Insane asylums in Bengal annual reports 1876-1887 - 1876-1887
Year: 1876
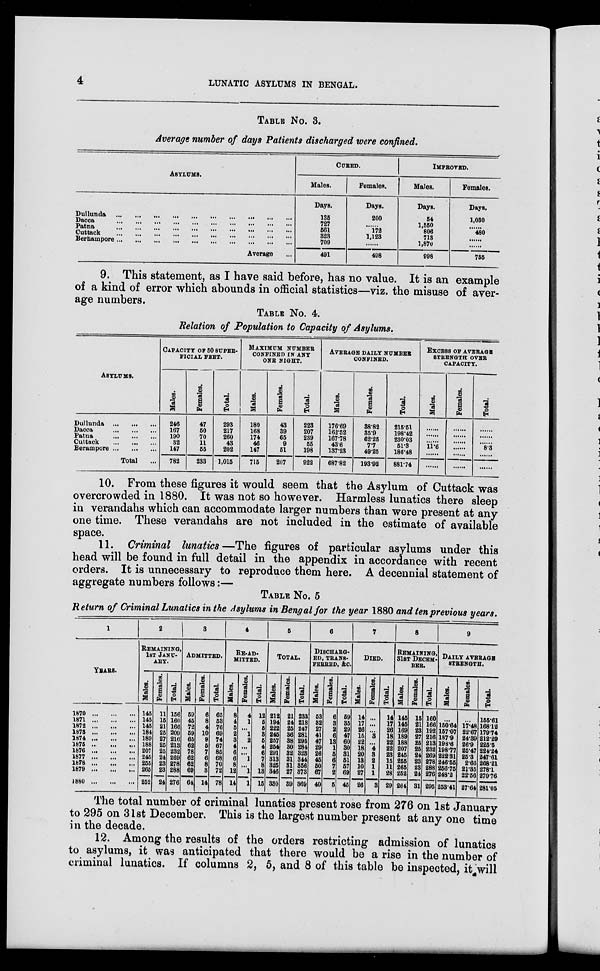
4
LUNATIC ASYLUMS IN BENGAL.
TABLE NO. 3.
Average number of days Patients discharged were confined.
ASYLUMS.
Dullunda ... ... ... ... ... ... ... ... ... ...
Dacca
...
...
...
...
...
...
...
...
...
...
Patna
...
...
...
...
...
...
...
...
...
...
Cuttack
...
...
...
...
...
...
...
...
...
...
Berhampore
...
...
...
...
...
...
...
...
...
...
Average ... ... ... ... ... ... ... ... ... ...
CURED.
Males.
Days.
135
727
561
323
709
491
Females.
Days.
200
......
172
1,123
......
498
IMPROVED.
Males.
Days.
54
1,550
806
713
1,870
998
Females.
Days.
1,030
......
480
......
......
755
9. This statement, as I have said before, has no value. It is an example
of a kind of error which abounds in official statistics—viz. the misuse of aver-
age numbers.
TABLE NO. 4.
Relation of Population to Capacity of Asylums.
ASYLUMS.
Dullunda
...
...
...
Dacca
...
...
...
Patna
...
...
...
Cuttack
...
...
...
Berampore
...
...
...
Total ...
CAPACITY OF 50 SUPER-
------ FEET.
Males.
246
167
190
32
147
782
Females.
47
50
70
11
55
233
Total.
293
217
260
43
202
1,015
MAXIMUM NUMBER
CONFINED IN ANY
ONE NIGHT.
Males.
180
168
174
46
147
715
Females.
43
39
65
9
51
207
Total.
223
207
239
55
198
922
AVERAGE DAILY NUMBER
CONFINED.
Males.
176.69
162.52
167.78
43.6
137.23
687.82
Females.
38.82
35.9
62.25
7.7
49.25
193.92
Total.
215.51
198.42
230.03
51.3
186.48
881.74
EXCESS OF AVERAGE
STRENGTH OVER
CAPACITY.
Males.
11.6
Females.
Total.
8.3
10. From these figures it would seem that the Asylum of Cuttack was
overcrowded in 1880. It was not so however. Harmless lunatics there sleep
in verandahs which can accommodate larger numbers than were present at any
one time. These verandahs are not included in the estimate of available
space.
11. Criminal lunatics—The figures of particular asylums under this
head will be found in full detail in the appendix in accordance with recent
orders. It is unnecessary to reproduce them here. A decennial statement of
aggregate numbers follows:—
TABLE NO. 5
Return of Criminal Lunatics in the Asylums in Bengal for the year 1880 and ten previous years.
1
YEARS.
1870
...
...
...
1871
...
...
...
1872
...
...
...
1873
...
...
...
1874
...
...
...
1875
...
...
...
1876
...
...
...
1877
...
...
...
1878
...
...
...
1879
...
...
...
1880
...
...
...
2
REMAINING,
1ST JANU-
ARY.
Males.
145
145
145
184
189
188
207
245
255
265
252
Females.
11
15
21
25
27
25
25
24
23
23
24
Total.
156
160
166
209
216
213
232
269
278
288
276
3
ADMITTED.
Males.
59
45
72
59
65
62
78
62
62
69
64
Females.
6
8
4
10
9
5
7
6
8
3
14
Total.
65
53
76
69
74
67
85
68
70
72
78
4
RE-AD-
------.
Males.
8
4
5
2
3
4
6
6
8
12
14
Females.
4
1
...
1
2
...
...
1
...
1
1
Total.
12
5
5
3
5
4
6
7
8
13
15
5
TOTAL.
Males.
212
194
222
245
257
254
291
313
325
346
330
Females.
21
24
25
36
38
30
32
31
31
27
39
Total.
233
218
247
281
295
284
323
344
356
373
369
6
DISCHARG-
--, TRANS-
FERRED, &C.
Males.
53
32
27
41
47
29
26
45
50
67
40
Females.
6
3
2
6
13
1
5
6
7
2
5
Total.
59
35
29
47
60
30
31
61
57
69
45
7
DIED.
Males.
14
17
26
15
22
18
20
13
10
27
26
Females.
...
...
...
3
...
4
3
2
1
1
3
Total.
14
17
26
18
22
22
23
15
11
28
29
8
REMAINING,
31ST DECEM-
---.
Males.
145
145
169
189
188
207
245
255
265
252
264
Females.
15
21
23
27
25
25
24
23
23
24
31
Total.
160
166
192
216
213
232
269
278
288
276
295
9
DAILY AVERAGE
STRENGTH.
Males.
...
150.64
157.07
187.9
198.6
198.77
222.31
246.55
256.75
248.2
253.41
Females.
...
17.48
22.67
24.39
26.9
25.47
25.3
2.66
21.35
22.56
27.64
Total.
155.61
168.12
179.74
212.29
225.5
224.24
247.61
268.21
278.1
270.76
281.05
The total number of criminal lunatics present rose from 276 on 1st January
to 295 on 31st December. This is the largest number present at any one time
in the decade.
12. Among the results of the orders restricting admission of lunatics
to asylums, it was anticipated that there would be a rise in the number of
criminal lunatics. If columns 2, 5, and 8 of this table be inspected, it will